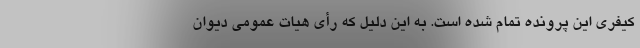
کیفری این پرونده تمام شده است. به این دلیل که رأی هیات عمومی دیوان